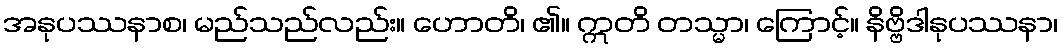
အနုပဿနာစ၊ မည်သည်လည်း။ ဟောတိ၊ ၏။ ဣတိ တသ္မာ၊ ကြောင့်။ နိဗ္ဗိဒါနုပဿနာ၊